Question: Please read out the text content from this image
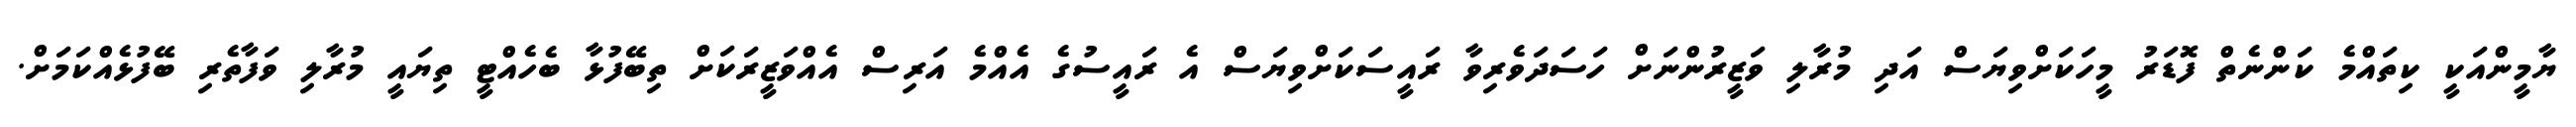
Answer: ޔާމީންއަކީ ކިތައްމެ ކަންނެތް ފޮޑަރު މީހަކަށްވިޔަސް އަދި މުރާލި ވަޒީރުންނަށް ހަސަދަވެރިވާ ރައީސަކަށްވިޔަސް އެ ރައީސުގެ އެއްމެ އަރިސް އެއްވަޒީރަކަށް ތިބޭފުޅާ ބެހެއްޓީ ތިޔައީ މުރާލި ވަފާތެރި ބޭފުޅެއްކަމަށް.